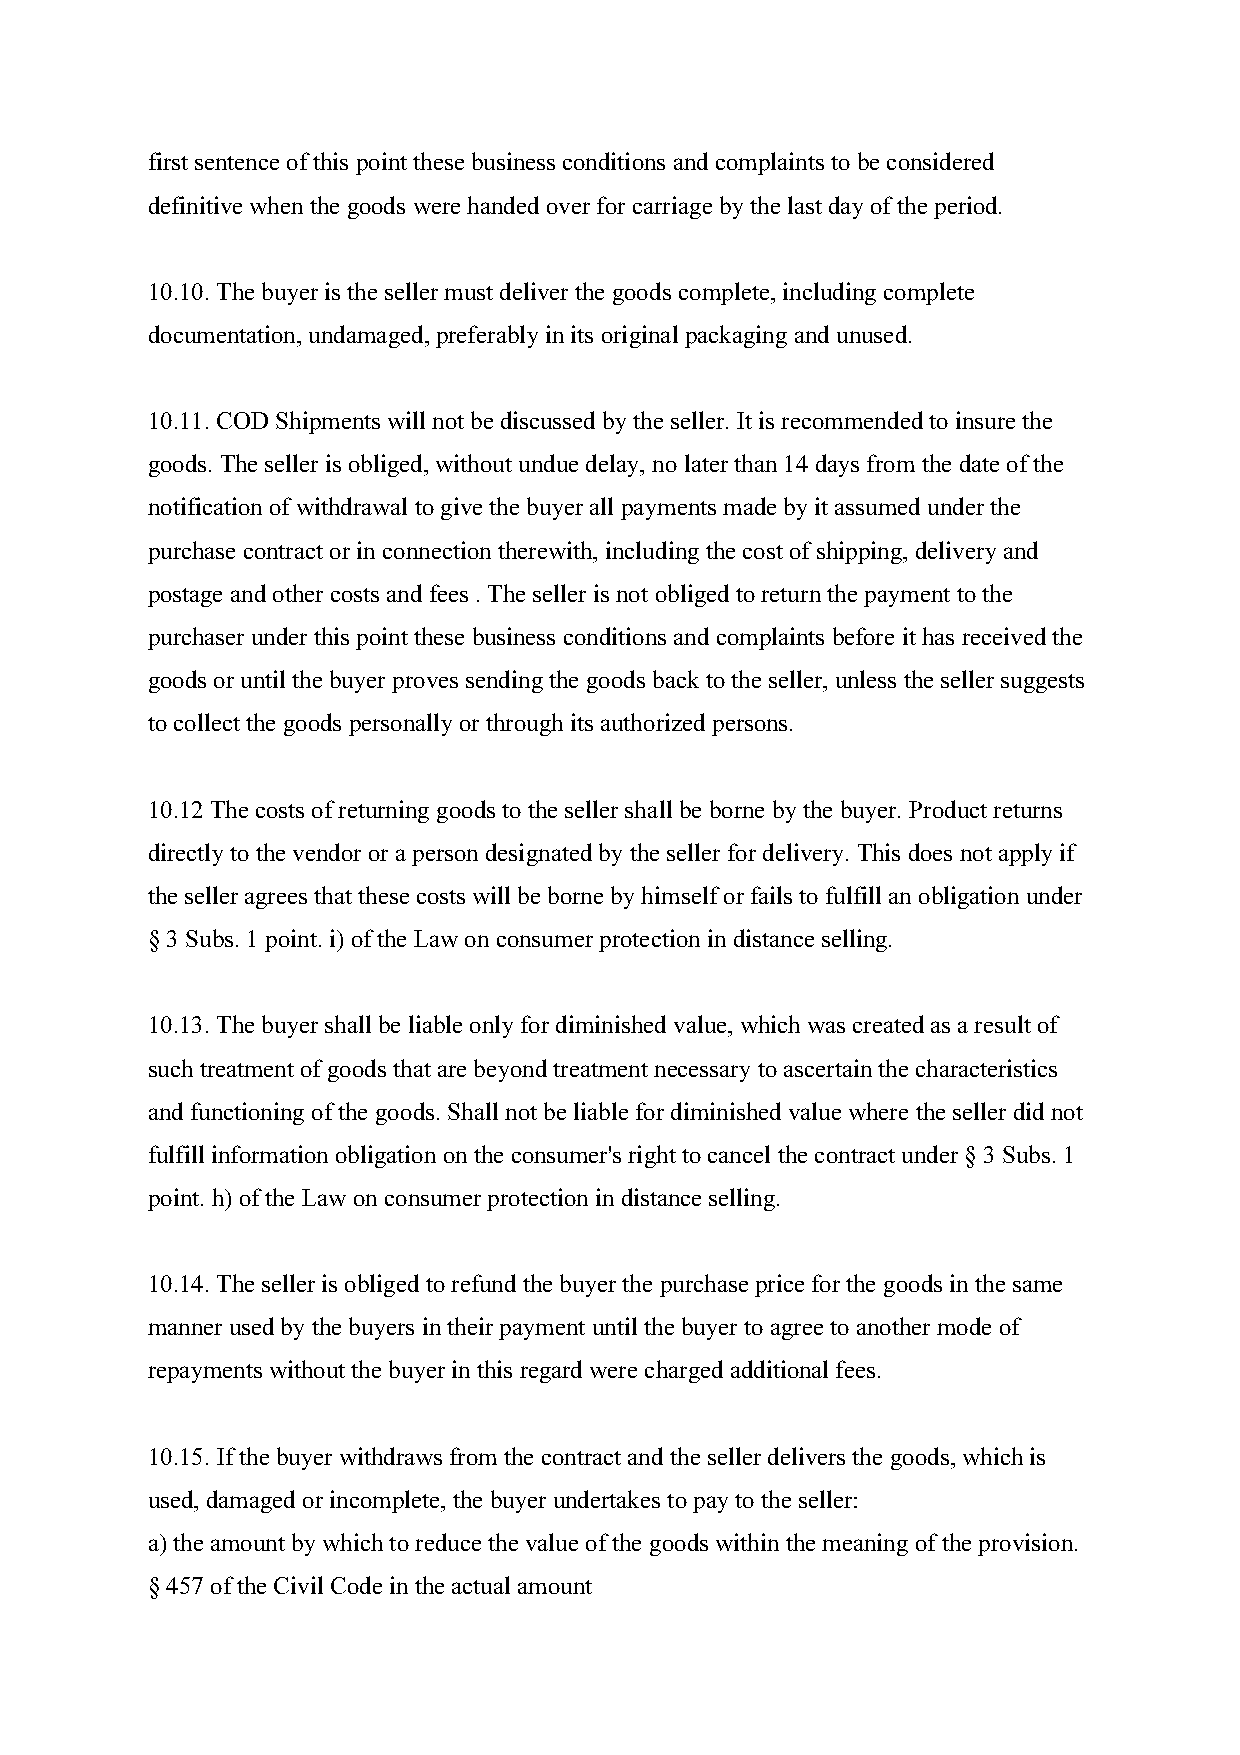
first sentence of this point these business conditions and complaints to be considered
 definitive when the goods were handed over for carriage by the last day of the period.
 10.10. The buyer is the seller must deliver the goods complete, including complete
 documentation, undamaged, preferably in its original packaging and unused.
 10.11. COD Shipments will not be discussed by the seller. It is recommended to insure the
 goods. The seller is obliged, without undue delay, no later than 14 days from the date of the
 notification of withdrawal to give the buyer all payments made by it assumed under the
 purchase contract or in connection therewith, including the cost of shipping, delivery and
 postage and other costs and fees . The seller is not obliged to return the payment to the
 purchaser under this point these business conditions and complaints before it has received the
 goods or until the buyer proves sending the goods back to the seller, unless the seller suggests
 to collect the goods personally or through its authorized persons.
 10.12 The costs of returning goods to the seller shall be borne by the buyer. Product returns
 directly to the vendor or a person designated by the seller for delivery. This does not apply if
 the seller agrees that these costs will be borne by himself or fails to fulfill an obligation under
 § 3 Subs. 1 point. i) of the Law on consumer protection in distance selling.
 10.13. The buyer shall be liable only for diminished value, which was created as a result of
 such treatment of goods that are beyond treatment necessary to ascertain the characteristics
 and functioning of the goods. Shall not be liable for diminished value where the seller did not
 fulfill information obligation on the consumer's right to cancel the contract under § 3 Subs. 1
 point. h) of the Law on consumer protection in distance selling.
 10.14. The seller is obliged to refund the buyer the purchase price for the goods in the same
 manner used by the buyers in their payment until the buyer to agree to another mode of
 repayments without the buyer in this regard were charged additional fees.
 10.15. If the buyer withdraws from the contract and the seller delivers the goods, which is
 used, damaged or incomplete, the buyer undertakes to pay to the seller:
 a) the amount by which to reduce the value of the goods within the meaning of the provision.
 § 457 of the Civil Code in the actual amount